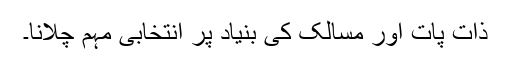
ذات پات اور مسالک کی بنیاد پر انتخابی مہم چلانا۔